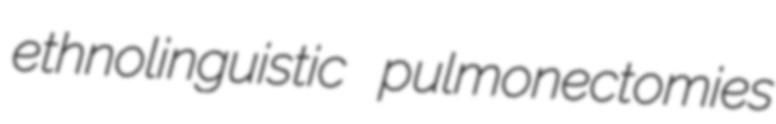
ethnolinguistic pulmonectomies